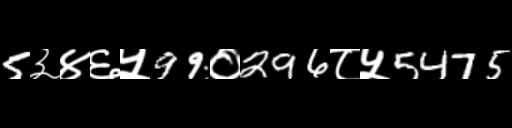
Text: 5३४६५99०296८५5475